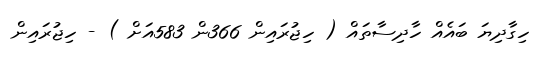
ހިގާދިޔަ ބައެއް ހާދިސާތައް ( ހިޖުރައިން 366ން 583އަށް ) - ހިޖުރައިން